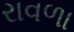
રાવળા